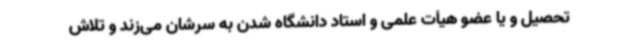
تحصیل و یا عضو هیأت علمی و استاد دانشگاه شدن به سرشان می‌زند و تلاش